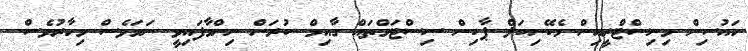
ހައުސިން މިނިސްޓްރީއިން މެކޭނިކަލް ޕާކިން ސިސްޓަމްތައް ގާއިމް ކުރަން ނިންމާފައިވީ ނަމަވެސް މިހާރުވެސް